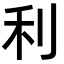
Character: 利